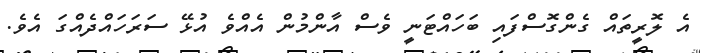
އެ ލޮރީތައް ގެންގޮސްފައި ބަހައްޓަނީ ވެސް އާންމުން އެއްވެ އުޅޭ ސަރަހައްދެއްގަ އެވެ.